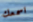
اسمعك